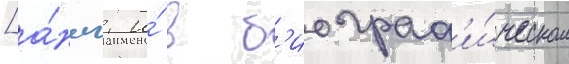
[а́нгл. и́ в б'иограф'и́ческом